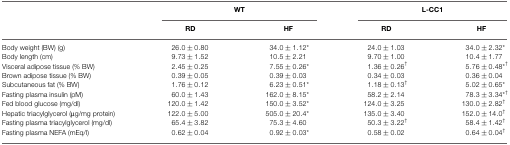
<table><thead><tr><td></td><td colspan="2"><b>WT</b></td><td colspan="2"><b>L-CC1</b></td></tr><tr><td></td><td><b>RD</b></td><td><b>HF</b></td><td><b>RD</b></td><td><b>HF</b></td></tr></thead><tbody><tr><td>Body weight (BW) (g)</td><td>26.0 ± 0.80</td><td>34.0 ± 1.12*</td><td>24.0 ± 1.03</td><td>34.0 ± 2.32*</td></tr><tr><td>Body length (cm)</td><td>9.73 ± 1.52</td><td>10.5 ± 2.21</td><td>9.70 ± 1.00</td><td>10.4 ± 1.77</td></tr><tr><td>Visceral adipose tissue (% BW)</td><td>2.45 ± 0.25</td><td>7.55 ± 0.26*</td><td>1.36 ± 0.26<sup>†</sup></td><td>5.76 ± 0.48*<sup>†</sup></td></tr><tr><td>Brown adipose tissue (% BW)</td><td>0.39 ± 0.05</td><td>0.39 ± 0.03</td><td>0.34 ± 0.03</td><td>0.36 ± 0.04</td></tr><tr><td>Subcutaneous fat (% BW)</td><td>1.76 ± 0.12</td><td>6.23 ± 0.51*</td><td>1.18 ± 0.13<sup>†</sup></td><td>5.02 ± 0.65*</td></tr><tr><td>Fasting plasma insulin (pM)</td><td>60.0 ± 1.43</td><td>162.0 ± 8.15*</td><td>58.2 ± 2.14</td><td>78.3 ± 3.34*<sup>†</sup></td></tr><tr><td>Fed blood glucose (mg/dl)</td><td>120.0 ± 1.42</td><td>150.0 ± 3.52*</td><td>124.0 ± 3.25</td><td>130.0 ± 2.82<sup>†</sup></td></tr><tr><td>Hepatic triacylglycerol (μg/mg protein)</td><td>122.0 ± 5.00</td><td>505.0 ± 20.4*</td><td>135.0 ± 3.40</td><td>152.0 ± 14.0<sup>†</sup></td></tr><tr><td>Fasting plasma triacylglycerol (mg/dl)</td><td>65.4 ± 3.82</td><td>75.3 ± 4.60</td><td>50.3 ± 3.22<sup>†</sup></td><td>58.4 ± 1.42<sup>†</sup></td></tr><tr><td>Fasting plasma NEFA (mEq/l)</td><td>0.62 ± 0.04</td><td>0.92 ± 0.03*</td><td>0.58 ± 0.02</td><td>0.64 ± 0.04<sup>†</sup></td></tr></tbody></table>